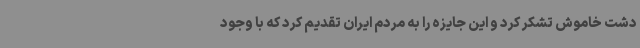
دشت خاموش تشکر کرد و این جایزه را به مردم ایران تقدیم کرد که با وجود